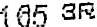
165 SR